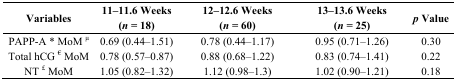
| Variables | 11–11.6 Weeks (n = 18) | 12–12.6 Weeks (n = 60) | 13–13.6 Weeks (n = 25) | p Value |
 | --- | --- | --- | --- | --- |
 | PAPP-A * MoM μ | 0.69 (0.44–1.51) | 0.78 (0.44–1.17) | 0.95 (0.71–1.26) | 0.30 |
 | Total hCG € MoM | 0.78 (0.57–0.87) | 0.88 (0.68–1.22) | 0.83 (0.74–1.41) | 0.22 |
 | NT £ MoM | 1.05 (0.82–1.32) | 1.12 (0.98–1.3) | 1.02 (0.90–1.21) | 0.18 |